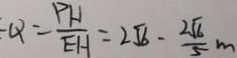
Q = \frac { P H } { E H } = 2 \sqrt { 6 } - \frac { 2 \sqrt { 6 } } { 5 } m